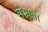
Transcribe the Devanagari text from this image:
संभ्राता